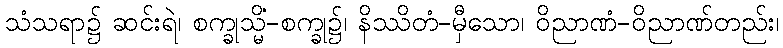
သံသရာ၌ ဆင်းရဲ၊ စက္ခုသ္မိံ-စက္ခု၌၊ နိဿိတံ-မှီသော၊ ဝိညာဏံ-ဝိညာဏ်တည်း၊